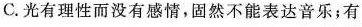
C. 光有理性而没有感情，固然不能表达音乐；有